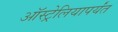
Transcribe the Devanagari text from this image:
ऑस्ट्रेलियापर्यंत